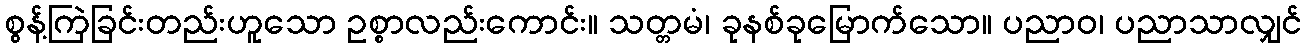
စွန့်ကြဲခြင်းတည်းဟူသော ဥစ္စာလည်းကောင်း။ သတ္တမံ၊ ခုနစ်ခုမြောက်သော။ ပညာဝ၊ ပညာသာလျှင်